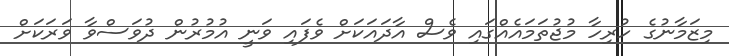
މިޒަމާނުގެ ހުރިހާ މުޖުތަމައެއްގައި ވެސް އާދައަކަށް ވެފައި ވަނީ އުމުރުން ދުވަސްވާ ވަރަކަށް